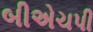
બીએચપી